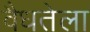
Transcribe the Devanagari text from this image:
वैधतेला